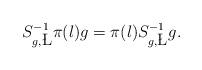
LaTeX: \begin{align*}S_{g,\L}^{-1} \pi(\l) g = \pi(\l) S_{g,\L}^{-1} g.\end{align*}